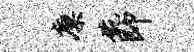
廪碗即